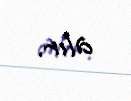
alır.